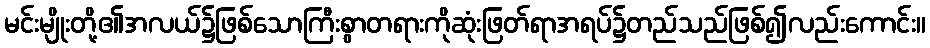
မင်းမျိုးတို့၏အလယ်၌ဖြစ်သောကြီးစွာတရားကိုဆုံးဖြတ်ရာအရပ်၌တည်သည်ဖြစ်၍လည်းကောင်း။